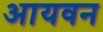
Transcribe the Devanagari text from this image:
आयवन